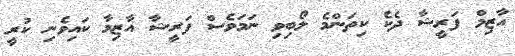
އާޒިމް ފަރީޝާ ދެކެ ކިތަންމެ ލޯބިވި ނަމަވެސް ފަރީޝާ އާޒިމާ ކައިވެނި ކުރީ